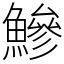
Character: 鰺